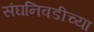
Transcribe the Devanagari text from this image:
संघनिवडीच्या